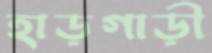
হাড়গাড়ী